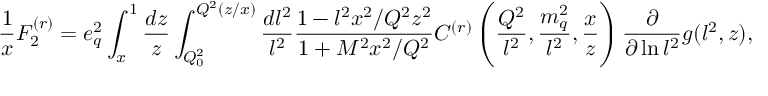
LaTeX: \frac { 1 } { x } F _ { 2 } ^ { ( r ) } = e _ { q } ^ { 2 } \int _ { x } ^ { 1 } \frac { d z } { z } \int _ { Q _ { 0 } ^ { 2 } } ^ { Q ^ { 2 } ( z / x ) } \frac { d l ^ { 2 } } { l ^ { 2 } } \frac { 1 - l ^ { 2 } x ^ { 2 } / Q ^ { 2 } z ^ { 2 } } { 1 + M ^ { 2 } x ^ { 2 } / Q ^ { 2 } } C ^ { ( r ) } \left( \frac { Q ^ { 2 } } { l ^ { 2 } } , \frac { m _ { q } ^ { 2 } } { l ^ { 2 } } , \frac { x } { z } \right) \frac { \partial } { \partial \ln l ^ { 2 } } g ( l ^ { 2 } , z ) ,